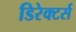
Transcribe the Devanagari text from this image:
डिरेक्टर्स